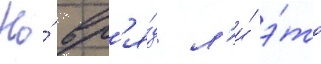
Но́ вр'я́д л'и́ э́то